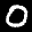
Label: 0